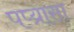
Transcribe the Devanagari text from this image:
पप्य्रासा